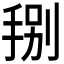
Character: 𭠻